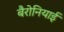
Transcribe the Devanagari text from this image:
बैरोनियाई